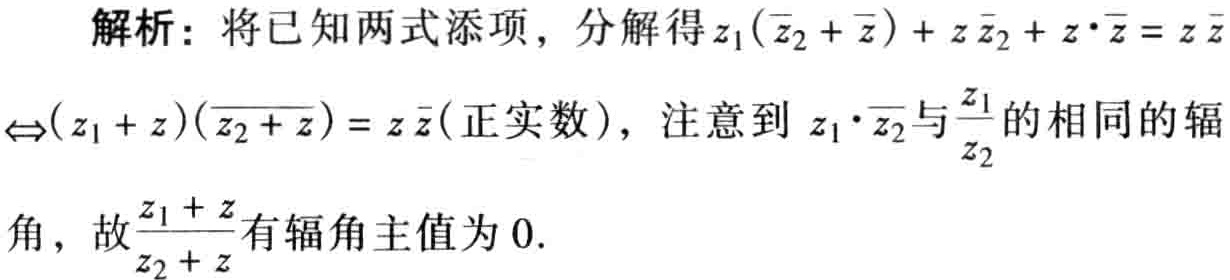
解析：将已知两式添项，分解得\(z_1(\overline{z_2}+\overline{z})+z\overline{z_2}+z\cdot\overline{z}=z\overline{z}\)
\(\Leftrightarrow (z_1 + z)(\overline{z_2 + z}) = z\overline{z}(\text{正实数})\)，注意到\(z_1\cdot\overline{z_2}\)与\(\frac{z_1}{z_2}\)的相同的辐
角，故\(\frac{z_1 + z}{z_2 + z}\)有辐角主值为\(0\).